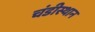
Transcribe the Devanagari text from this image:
चंडीस्थान